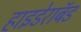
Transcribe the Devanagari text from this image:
हाइडेराबॅड